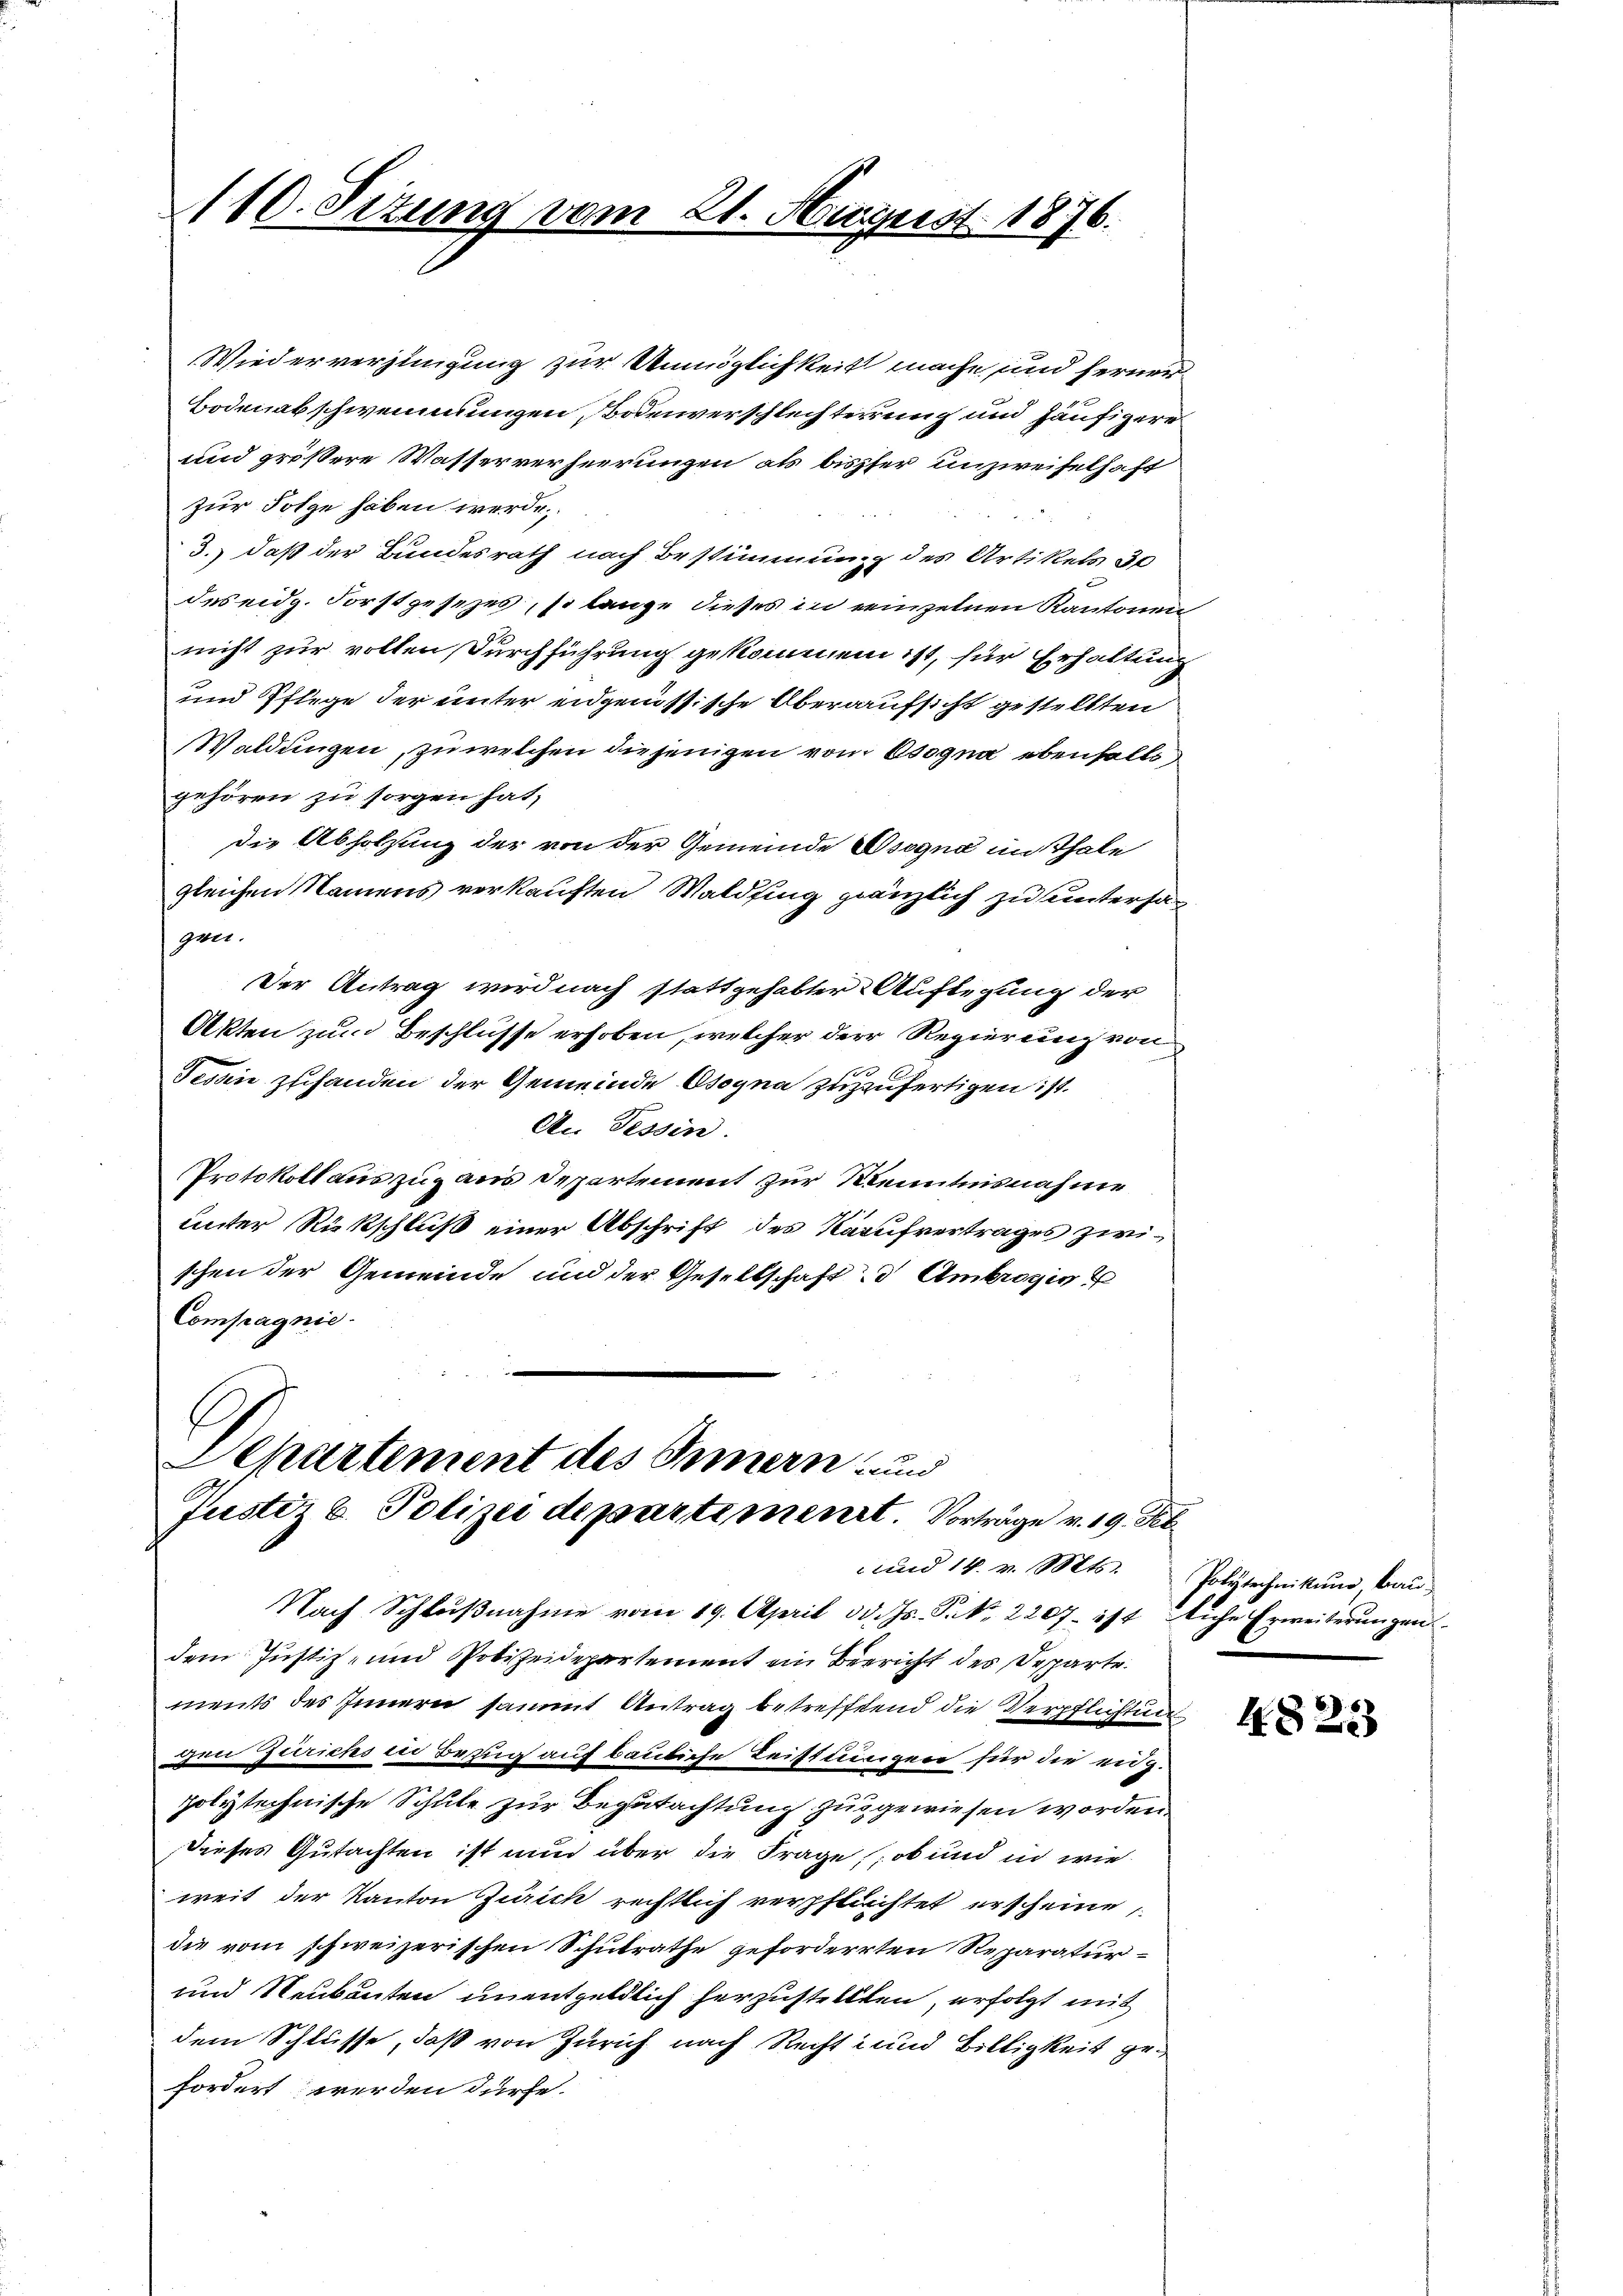
110. Sezung vom 21. August 1876.

Wiederverzingung zur Unmöglichkeit mache und ferner
Bodenabschwemmungen Bodenverschlechterrung und häufigere
und größere Wasserverheerungen als bisher unzweifelhaft
zur Folge haben werde.
3.) daß der Bundesrath nach Bestimmung des Artikels 30
des eidg. Forstgesezes, so lange dieses in einzelnen Kantonen
nicht zur vollen Durchführung gekommen ist, für Erhaltung
und Pflege der unter eidgenössische Oberaufsicht gestellten
Waldungen, zu welchen diejenigen vom Osogna ebenfalls
gehören zu sorgen hat,
die Abholzung der von der Gemeinde Osogna im Thale
gleichen Namens verkauften Waldfing gänzlich zu untersa
geer.
Der Antrag wird nach stattgehabter Auflegung der
Akten zum Beschlüsse erhoben, welcher der Regierung von
Tessin zuhanden der Gemeinde Osogna zuzufertigen ist.
An Tessin.
Protokoll auszug aus Departement zur Kenntnisnahme
unter Rückschluß einer Abschrift des Kaufvertrages zwischen der Gemeinde und der Gesellschaft d. Ambrogie
Compagnie

E
Separtement des Innern und
Justiz & Polizeidepartement. Vorträge v. 19. Pet
und 14. v. Mts.

Nach Schlußnahme vom 19. April od. s. S. 2207. ist liche Erweiterungen
dem Justiz- und Polizeidepartement ein Bericht des Departe.
ments des Innern sammt Antrag betreffend die Verpflichtun
gen Zürichs in Bezug auf bauliche Leistungen für die eidg.
polytechnische Schule zur Begutachtung zugewiesen worden.
Dieses Gutachten ist nun über die Frage (ob und in wie
weit der Kanton Zürich rechtlich verpflüchtet erscheine,
die vom schweizerischen Schulrathe geforderrten Reparatur¬
und Neubauten unentgeldlich herzustellten, erfolgt mit
dem Schlüsse, daß von Zürich nach Recht- und Billigkeit gefordert werden dürfe.

Polytechnikum, brau

4828